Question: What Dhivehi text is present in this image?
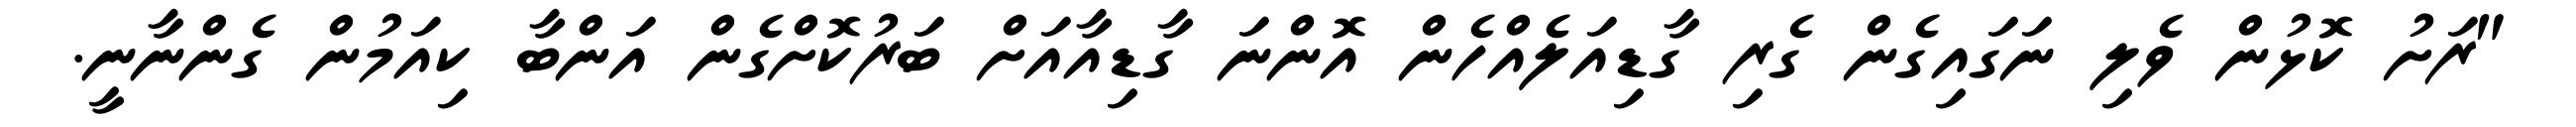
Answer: "ރަށު ކޮޅުން ވެލި ނަގައިގެން ގެރި ގާޑިއަލެއްހެން އޮންނަ ގާޑިއާއަށް ބަރުކޮށްގެން އަންބާ ކިއަމުން ގެންނާނީ.